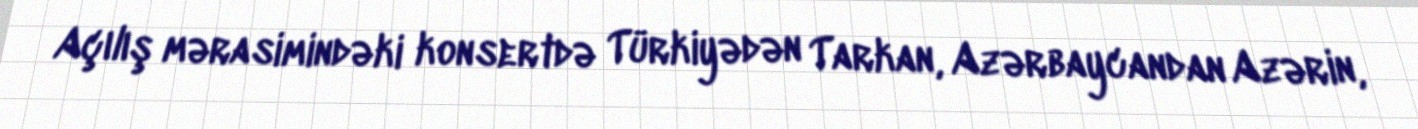
Açılış mərasimindəki konsertdə Türkiyədən Tarkan, Azərbaycandan Azərin,